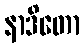
နာဒိတော